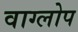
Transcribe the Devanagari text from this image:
वाग्लोप